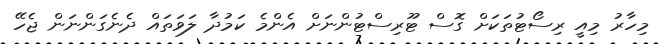
މިހާރު މިއީ ރިސޯޓުތަކަށް ގޮސް ޓޫރިސްޓުންނަށް އެންމެ ކަމުދާ ލަވަތައް ދެނެގަންނަން ޖެހޭ